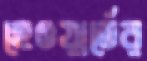
হেওয়ার্ডের